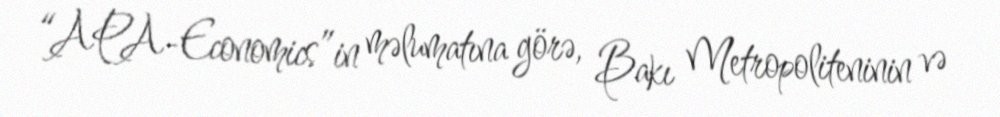
“APA-Economics”in məlumatına görə, Bakı Metropoliteninin və